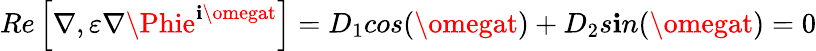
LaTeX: Re\left[\nabla,\varepsilon\nabla\Phie^{\mathbf{i}\omegat}\right]=D_{1}cos(\omegat)+D_{2}s\mathbf{i}n(\omegat)=0